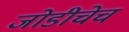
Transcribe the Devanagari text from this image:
जोडीचेच